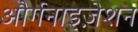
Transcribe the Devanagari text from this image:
और्गनाइज़ेशन